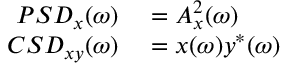
\begin{array} { r l } { P S D _ { x } ( \omega ) } & { { } = A _ { x } ^ { 2 } ( \omega ) } \\ { C S D _ { x y } ( \omega ) } & { { } = x ( \omega ) y ^ { * } ( \omega ) } \end{array}